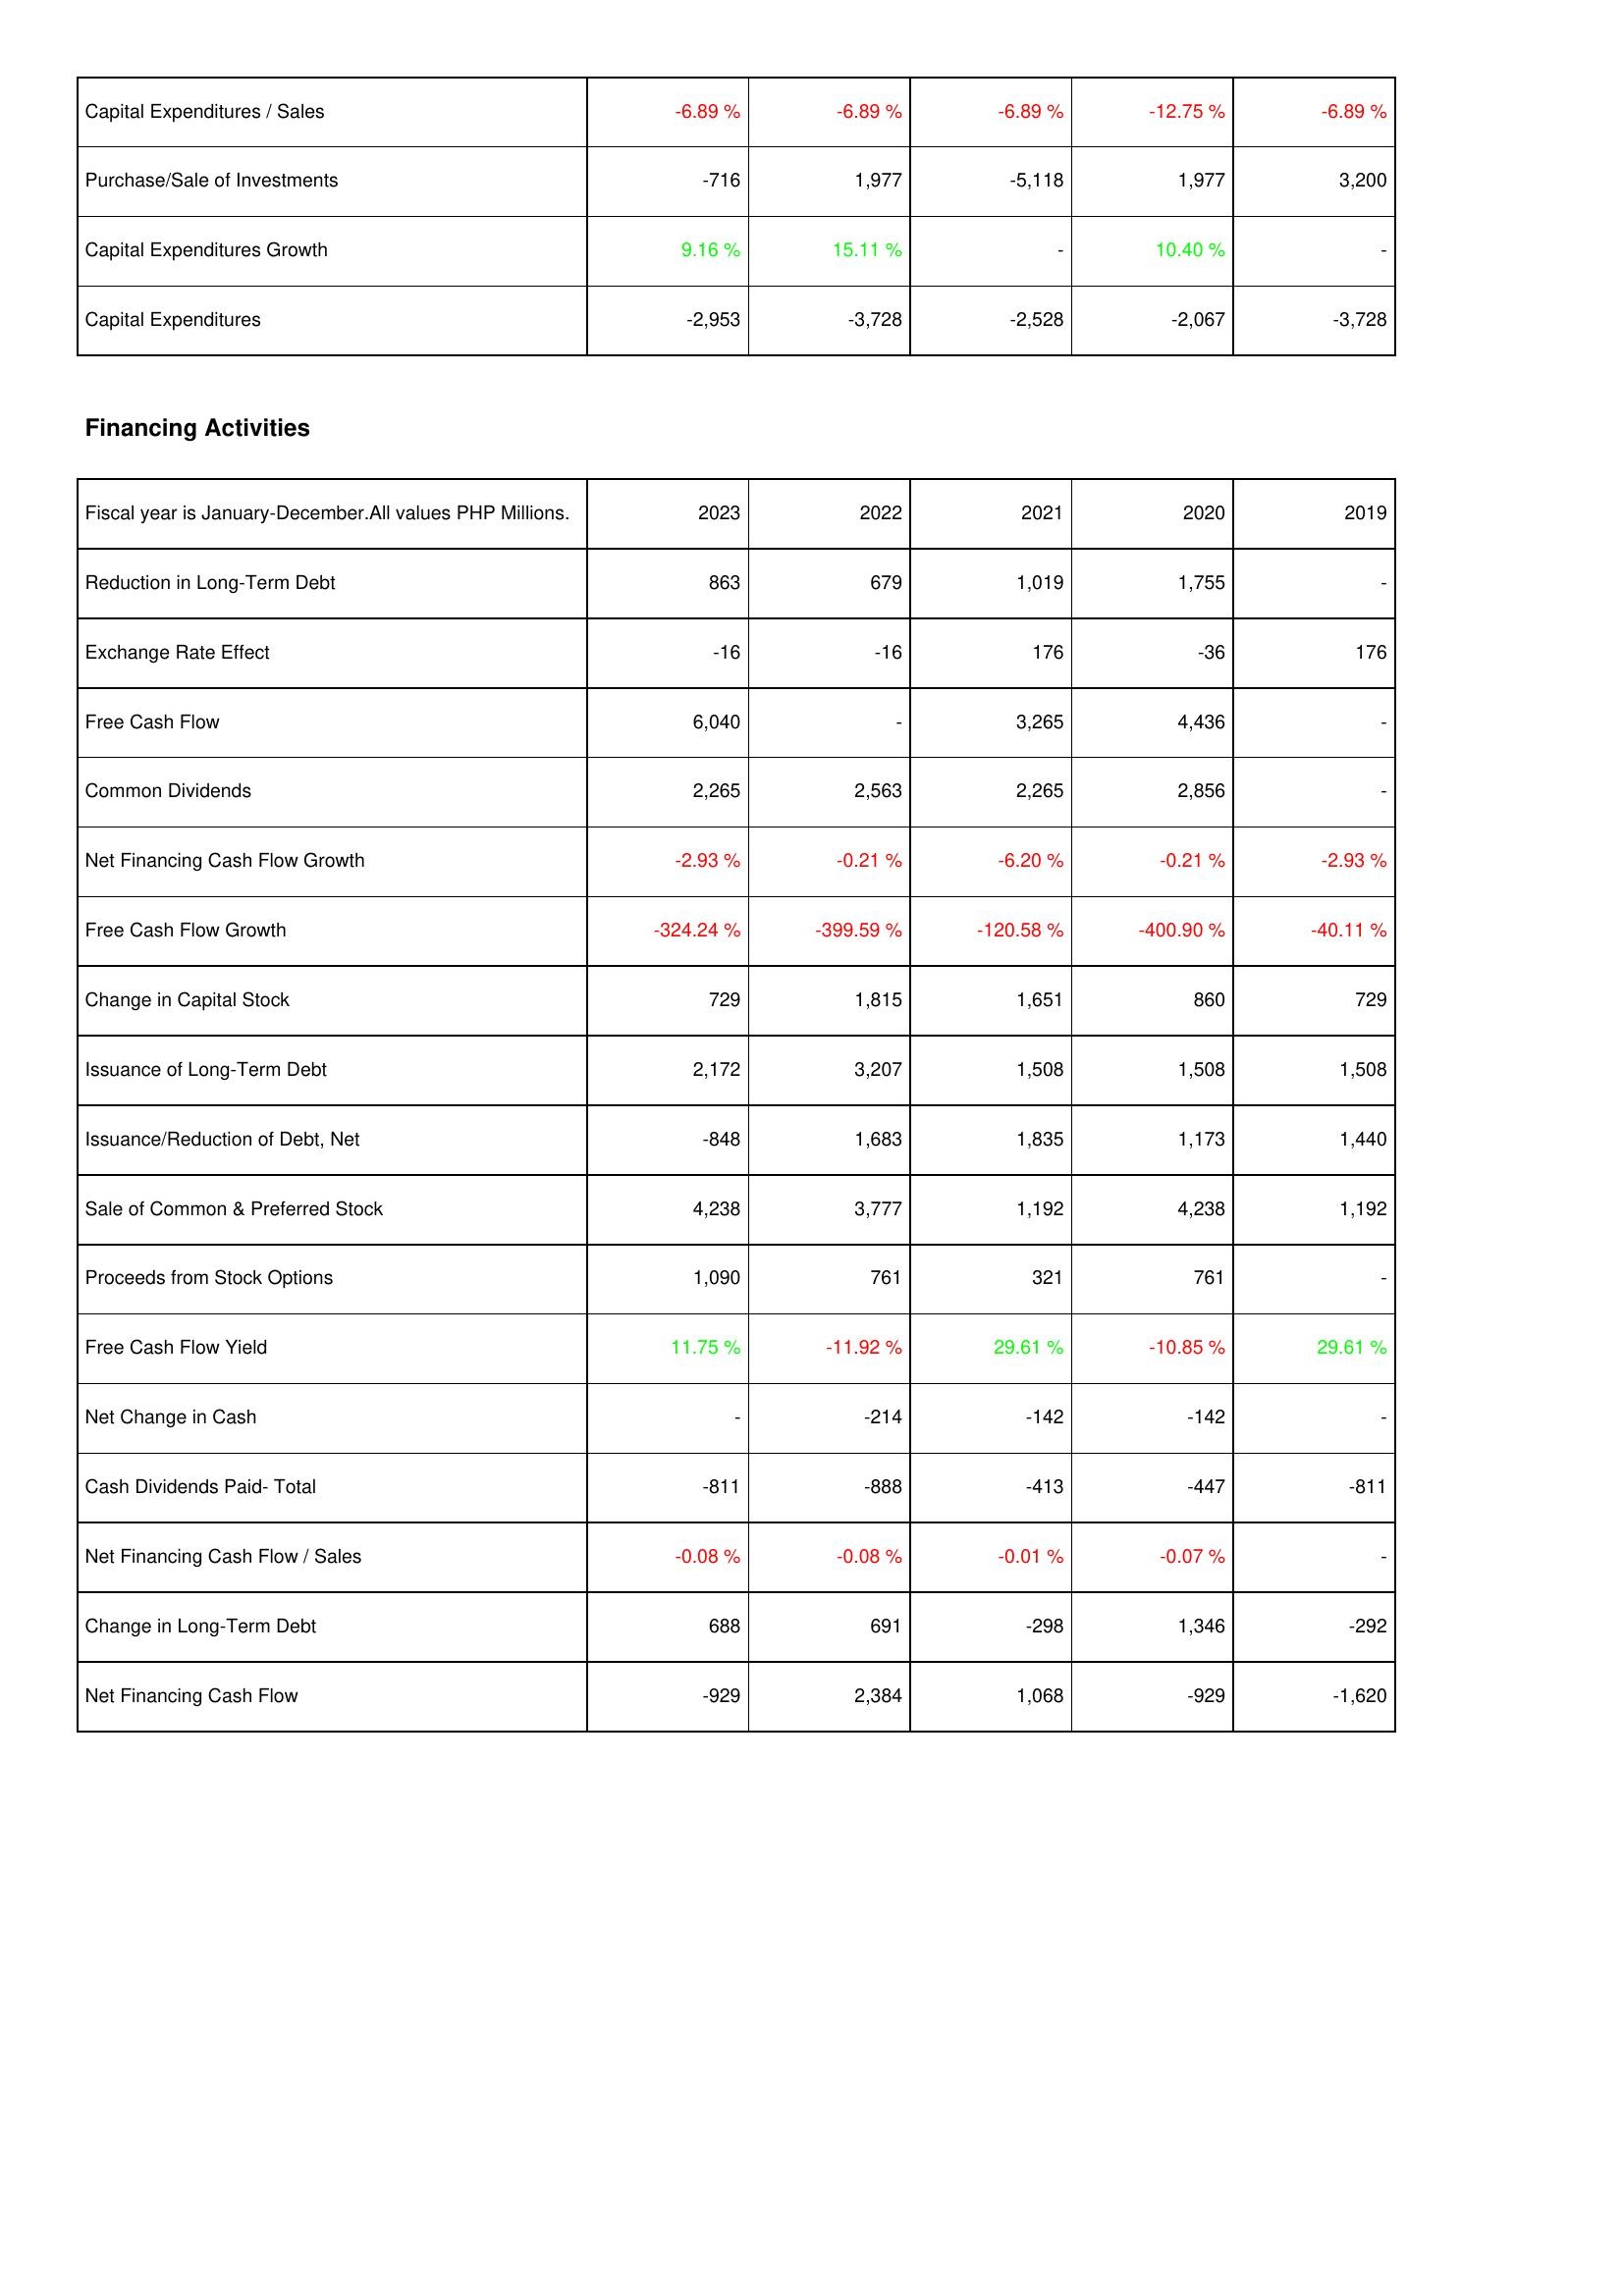
2023: Investing Activities: Capital Expenditures / Sales: -6.89 %
Purchase/Sale of Investments: -716
Capital Expenditures Growth: 9.16 %
Capital Expenditures: -2,953
Financing Activities: Reduction in Long-Term Debt: 863
Exchange Rate Effect: -16
Free Cash Flow: 6,040
Common Dividends: 2,265
Net Financing Cash Flow Growth: -2.93 %
Free Cash Flow Growth: -324.24 %
Change in Capital Stock: 729
Issuance of Long-Term Debt: 2,172
Issuance/Reduction of Debt, Net: -848
Sale of Common & Preferred Stock: 4,238
Proceeds from Stock Options: 1,090
Free Cash Flow Yield: 11.75 %
Net Change in Cash: -
Cash Dividends Paid- Total: -811
Net Financing Cash Flow / Sales: -0.08 %
Change in Long-Term Debt: 688
Net Financing Cash Flow: -929
2022: Investing Activities: Capital Expenditures / Sales: -6.89 %
Purchase/Sale of Investments: 1,977
Capital Expenditures Growth: 15.11 %
Capital Expenditures: -3,728
Financing Activities: Reduction in Long-Term Debt: 679
Exchange Rate Effect: -16
Free Cash Flow: -
Common Dividends: 2,563
Net Financing Cash Flow Growth: -0.21 %
Free Cash Flow Growth: -399.59 %
Change in Capital Stock: 1,815
Issuance of Long-Term Debt: 3,207
Issuance/Reduction of Debt, Net: 1,683
Sale of Common & Preferred Stock: 3,777
Proceeds from Stock Options: 761
Free Cash Flow Yield: -11.92 %
Net Change in Cash: -214
Cash Dividends Paid- Total: -888
Net Financing Cash Flow / Sales: -0.08 %
Change in Long-Term Debt: 691
Net Financing Cash Flow: 2,384
2021: Investing Activities: Capital Expenditures / Sales: -6.89 %
Purchase/Sale of Investments: -5,118
Capital Expenditures Growth: -
Capital Expenditures: -2,528
Financing Activities: Reduction in Long-Term Debt: 1,019
Exchange Rate Effect: 176
Free Cash Flow: 3,265
Common Dividends: 2,265
Net Financing Cash Flow Growth: -6.20 %
Free Cash Flow Growth: -120.58 %
Change in Capital Stock: 1,651
Issuance of Long-Term Debt: 1,508
Issuance/Reduction of Debt, Net: 1,835
Sale of Common & Preferred Stock: 1,192
Proceeds from Stock Options: 321
Free Cash Flow Yield: 29.61 %
Net Change in Cash: -142
Cash Dividends Paid- Total: -413
Net Financing Cash Flow / Sales: -0.01 %
Change in Long-Term Debt: -298
Net Financing Cash Flow: 1,068
2020: Investing Activities: Capital Expenditures / Sales: -12.75 %
Purchase/Sale of Investments: 1,977
Capital Expenditures Growth: 10.40 %
Capital Expenditures: -2,067
Financing Activities: Reduction in Long-Term Debt: 1,755
Exchange Rate Effect: -36
Free Cash Flow: 4,436
Common Dividends: 2,856
Net Financing Cash Flow Growth: -0.21 %
Free Cash Flow Growth: -400.90 %
Change in Capital Stock: 860
Issuance of Long-Term Debt: 1,508
Issuance/Reduction of Debt, Net: 1,173
Sale of Common & Preferred Stock: 4,238
Proceeds from Stock Options: 761
Free Cash Flow Yield: -10.85 %
Net Change in Cash: -142
Cash Dividends Paid- Total: -447
Net Financing Cash Flow / Sales: -0.07 %
Change in Long-Term Debt: 1,346
Net Financing Cash Flow: -929
2019: Investing Activities: Capital Expenditures / Sales: -6.89 %
Purchase/Sale of Investments: 3,200
Capital Expenditures Growth: -
Capital Expenditures: -3,728
Financing Activities: Reduction in Long-Term Debt: -
Exchange Rate Effect: 176
Free Cash Flow: -
Common Dividends: -
Net Financing Cash Flow Growth: -2.93 %
Free Cash Flow Growth: -40.11 %
Change in Capital Stock: 729
Issuance of Long-Term Debt: 1,508
Issuance/Reduction of Debt, Net: 1,440
Sale of Common & Preferred Stock: 1,192
Proceeds from Stock Options: -
Free Cash Flow Yield: 29.61 %
Net Change in Cash: -
Cash Dividends Paid- Total: -811
Net Financing Cash Flow / Sales: -
Change in Long-Term Debt: -292
Net Financing Cash Flow: -1,620